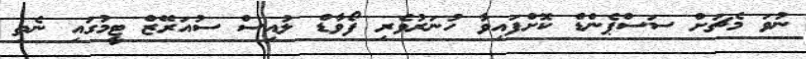
ނުވަ މެޗަށް ސަސްޕެންޑް ކޮށްފައިވާ ހުނަރުވެރި ފޯވާޑް ލުއިސް ސުއަރޭޒް ޓީމުގައި ނެތި